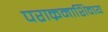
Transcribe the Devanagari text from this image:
पराक्रमाशिवाय